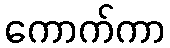
ကောက်ကာ